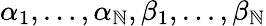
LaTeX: \alpha_{1},\ldots,\alpha_{\mathbb{N}},\beta_{1},\ldots,\beta_{\mathbb{N}}